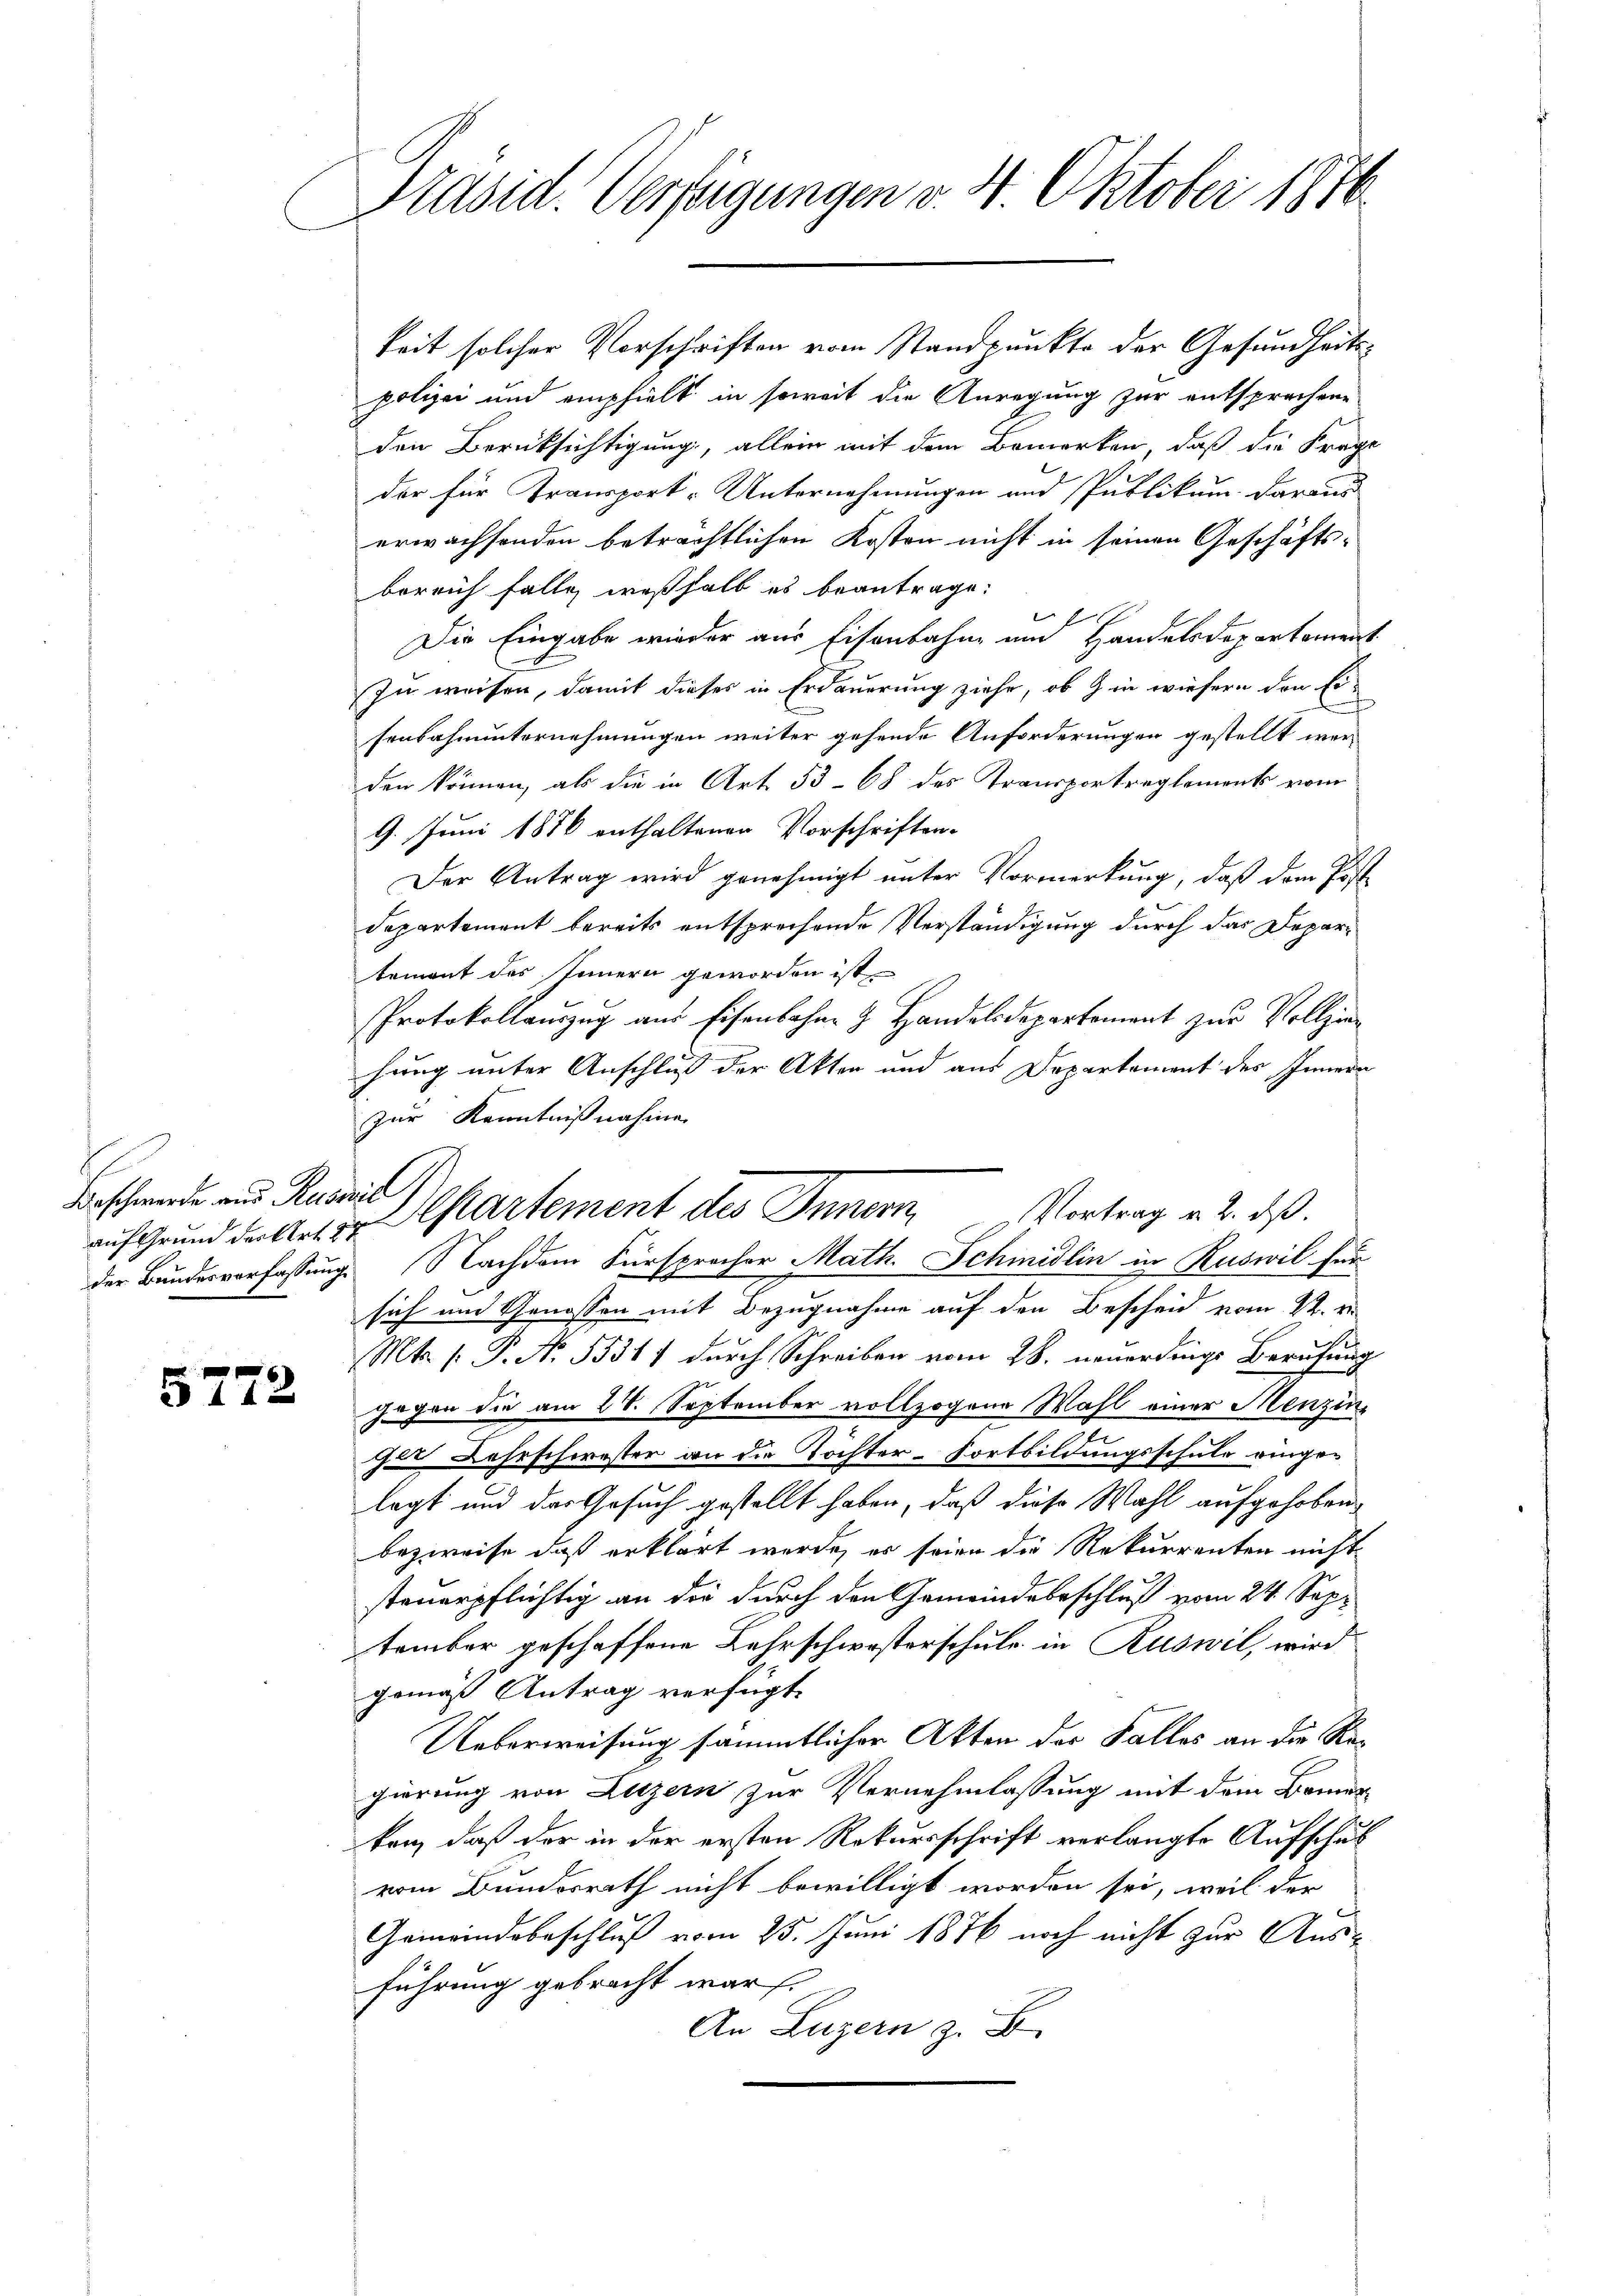
Beschwerde aus Ruswid

5772

Präsid. Verfügungen v. 4. Oktober 1816.
m

keit solcher Vorschriften vom Standpunkte der Gesundheitspolizei und emphielt in soweit die Anregung zur entsprochene
den Berücksichtigung, allein mit dem Bemerken, daß die Frage
der für Transport- Unternehmungen und Publikum daraus
erwachsenden beträchtlichen Kosten nicht in seinen Geschäfts-
bereich falle weshalb es beantrage.
Die Eingabe wieder aus Eisenbahn und Handelsdepartement
zu weisen, damit dieses in Erdauerung ziehe, ob & in wiesern den Eisenbahnunternehmungen weiter gehende Anforderungen gestellt werden können, als die in Art. 53. 68 des Transportreglement vom
9. Juni 1870 enthaltenen Vorschriften-
Der Antrag wird genehmigt unter Vormerkung, daß dem Post¬
Departement bereits entsprechende Verständigung durch das Departement des Innern geworden ist.
Protokollauszug aus Eisenbahn- & Handelsdepartement zur Vollziehung unter Anschluß der Akten und aus Departement des Innern
zur Kenntnißnahme
Vortrag u. 2. ds.
auf Grund der Art u. Separtement des Innern,
der Bundesverfassung. Nachdem Fürsprocher Math. Schmidlin in Ruswil für
sich und Genossen mit Bezugnahme auf den Bescheid vom 22. v.
Mt. P. P. Nr. 55311 durch Schreiben vom 28. neuerdings Berufung
gegen die am 28. September vollzogene Wahl einer Menzin-
ches Lehrschwester an die Töchter-Fortbildungsschule eingelegt und der Gesuch gestellt haben, daß diese Wahl aufgehoben,
bezweife, daß erklärt werde, es seien die Rekurrenten nicht
steuerpflichtig an die durch den Gemeindebeschluß vom 24. September geschaffene Lehrschwesterschule in Ruswil, wird
gemäß Antrag verfügt:
Ueberweisung sämmtlicher Akten der Falles an die Regierung von Luzern zur Vernehmlassung mit dem Bemer
ken, daß der in der ersten Rekursschrift verlangte Aufschul
vom Bundesrath nicht bewilligt worden sei, weil der
Gemeindsbeschluß vom 25. Juni 1876 noch nicht zur Aus-
führung gebracht war.
An Luzern z. B.